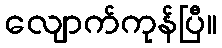
လျောက်ကုန်ပြီ။